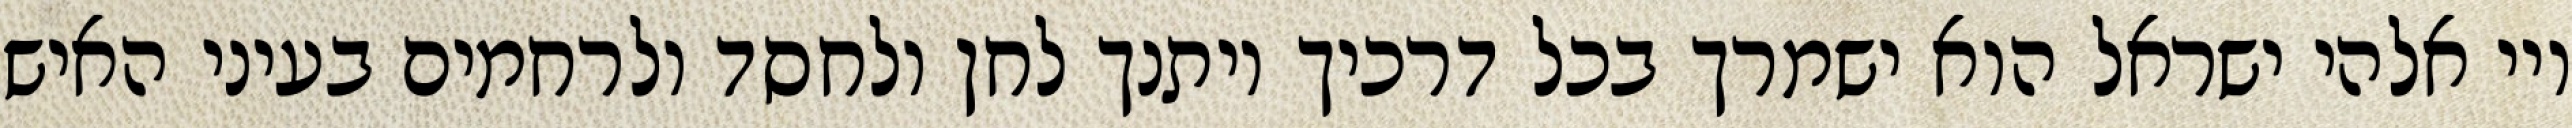
ויי אלהי ישראל הוא ישמרך בכל דרכיך ויתנך לחן ולחסד ולרחמים בעיני האיש